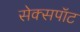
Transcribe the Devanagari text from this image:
सेक्सपॉट